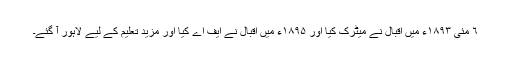
٦ مئی ١٨٩٣ء میں اقبال نے میٹرک کیا اور ١٨٩۵ء میں اقبال نے ایف اے کیا اور مزید تعلیم کے لیے لاہور آ گئے۔